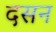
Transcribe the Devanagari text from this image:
दसन